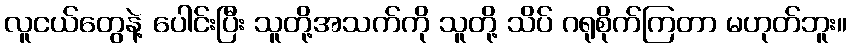
လူငယ်တွေနဲ့ ပေါင်းပြီး သူတို့အသက်ကို သူတို့ သိပ် ဂရုစိုက်ကြတာ မဟုတ်ဘူး။